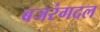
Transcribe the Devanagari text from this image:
बजरंगदल